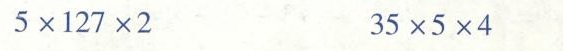
5\times127\times2 35\times5\times4